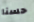
حسنا